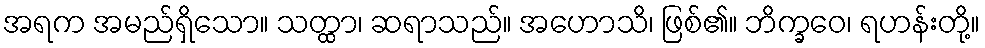
အရက အမည်ရှိသော။ သတ္ထာ၊ ဆရာသည်။ အဟောသိ၊ ဖြစ်၏။ ဘိက္ခဝေ၊ ရဟန်းတို့။